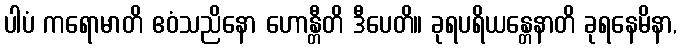
ပါပံ ကရောမာတိ ဧဝံသညိနော ဟောန္တီတိ ဒီပေတိ။ ခုရပရိယန္တေနာတိ ခုရနေမိနာ,